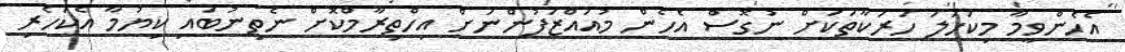
އެހެންވީމާ މިކަހަލަ ހަރަކާތަކަށް ނުގޮސް އެހެން މުއައްޒަފުންނަށް އިހްތިރާމްކޮށް ނެތިނުބައި ކިޔުމާ އެކަހެރި